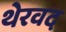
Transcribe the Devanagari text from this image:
थेरवद